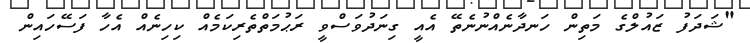
"ޝަދަފު ޒައުލްގެ މަތިން ހަނދާނެއްނުނެތޭ އެއީ ގިނަދުވަސްވީ ރަޙުމަތްތެރިކަމެއް ކިހިނެއް އެހާ ފަސޭހައިން